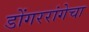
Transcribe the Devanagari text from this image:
डोंगररांगेचा